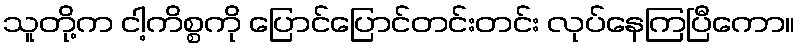
သူတို့က ငါ့ကိစ္စကို ပြောင်ပြောင်တင်းတင်း လုပ်နေကြပြီကော။